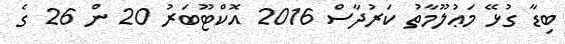
ބިޑާ ގުޅޭ މަޢުލޫމާތު ކަރުދާސް 2016 އޮކްޓޫބަރު 20 ން 26 ގެ